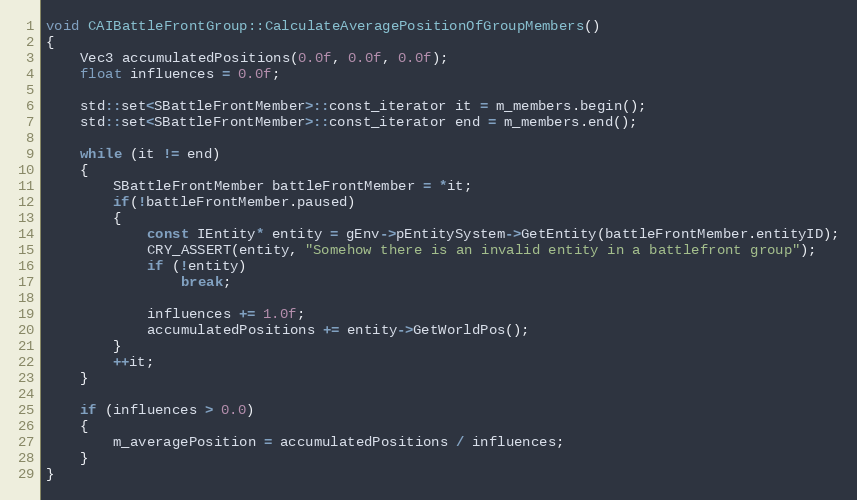
Language: C++
void CAIBattleFrontGroup::CalculateAveragePositionOfGroupMembers()
{
	Vec3 accumulatedPositions(0.0f, 0.0f, 0.0f);
	float influences = 0.0f;

	std::set<SBattleFrontMember>::const_iterator it = m_members.begin();
	std::set<SBattleFrontMember>::const_iterator end = m_members.end();

	while (it != end)
	{
		SBattleFrontMember battleFrontMember = *it;
		if(!battleFrontMember.paused)
		{
			const IEntity* entity = gEnv->pEntitySystem->GetEntity(battleFrontMember.entityID);
			CRY_ASSERT(entity, "Somehow there is an invalid entity in a battlefront group");
			if (!entity)
				break;

			influences += 1.0f;
			accumulatedPositions += entity->GetWorldPos();
		}
		++it;
	}

	if (influences > 0.0)
	{
		m_averagePosition = accumulatedPositions / influences;
	}
}